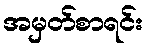
အမှတ်စာရင်း